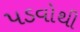
પડવોથી